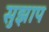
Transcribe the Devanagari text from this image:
सुझाप